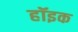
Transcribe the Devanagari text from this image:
हॉइक